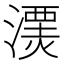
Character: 𱨫